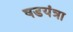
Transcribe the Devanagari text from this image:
षडयंत्रा